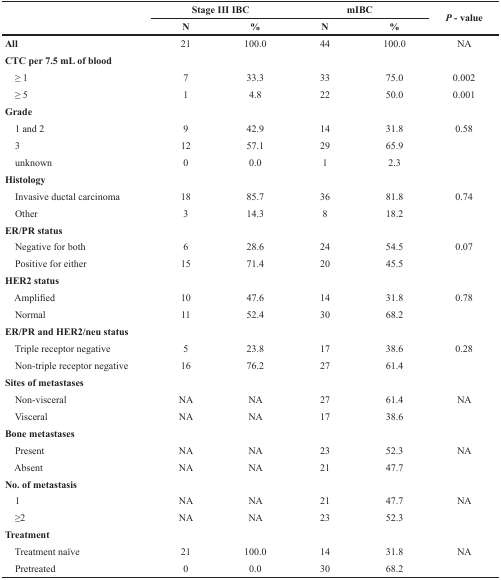
<table><thead><tr><td></td><td colspan="2"><b>Stage III IBC</b></td><td colspan="2"><b>mIBC</b></td><td rowspan="2"><b><i>P</i>- value</b></td></tr><tr><td></td><td><b>N</b></td><td><b>%</b></td><td><b>N</b></td><td><b>%</b></td></tr></thead><tbody><tr><td><b>All</b></td><td>21</td><td>100.0</td><td>44</td><td>100.0</td><td>NA</td></tr><tr><td><b>CTC per 7.5 mL of blood</b></td><td></td><td></td><td></td><td></td><td></td></tr><tr><td> ≥ 1</td><td>7</td><td>33.3</td><td>33</td><td>75.0</td><td>0.002</td></tr><tr><td> ≥ 5</td><td>1</td><td>4.8</td><td>22</td><td>50.0</td><td>0.001</td></tr><tr><td><b>Grade</b></td><td></td><td></td><td></td><td></td><td></td></tr><tr><td> 1 and 2</td><td>9</td><td>42.9</td><td>14</td><td>31.8</td><td>0.58</td></tr><tr><td> 3</td><td>12</td><td>57.1</td><td>29</td><td>65.9</td><td></td></tr><tr><td> unknown</td><td>0</td><td>0.0</td><td>1</td><td>2.3</td><td></td></tr><tr><td><b>Histology</b></td><td></td><td></td><td></td><td></td><td></td></tr><tr><td> Invasive ductal carcinoma</td><td>18</td><td>85.7</td><td>36</td><td>81.8</td><td>0.74</td></tr><tr><td> Other</td><td>3</td><td>14.3</td><td>8</td><td>18.2</td><td></td></tr><tr><td><b>ER/PR status</b></td><td></td><td></td><td></td><td></td><td></td></tr><tr><td> Negative for both</td><td>6</td><td>28.6</td><td>24</td><td>54.5</td><td>0.07</td></tr><tr><td> Positive for either</td><td>15</td><td>71.4</td><td>20</td><td>45.5</td><td></td></tr><tr><td><b>HER2 status</b></td><td></td><td></td><td></td><td></td><td></td></tr><tr><td> Amplified</td><td>10</td><td>47.6</td><td>14</td><td>31.8</td><td>0.78</td></tr><tr><td> Normal</td><td>11</td><td>52.4</td><td>30</td><td>68.2</td><td></td></tr><tr><td><b>ER/PR and HER2/neu status</b></td><td></td><td></td><td></td><td></td><td></td></tr><tr><td> Triple receptor negative</td><td>5</td><td>23.8</td><td>17</td><td>38.6</td><td>0.28</td></tr><tr><td> Non-triple receptor negative</td><td>16</td><td>76.2</td><td>27</td><td>61.4</td><td></td></tr><tr><td><b>Sites of metastases</b></td><td></td><td></td><td></td><td></td><td></td></tr><tr><td> Non-visceral</td><td>NA</td><td>NA</td><td>27</td><td>61.4</td><td>NA</td></tr><tr><td> Visceral</td><td>NA</td><td>NA</td><td>17</td><td>38.6</td><td></td></tr><tr><td><b>Bone metastases</b></td><td></td><td></td><td></td><td></td><td></td></tr><tr><td> Present</td><td>NA</td><td>NA</td><td>23</td><td>52.3</td><td>NA</td></tr><tr><td> Absent</td><td>NA</td><td>NA</td><td>21</td><td>47.7</td><td></td></tr><tr><td><b>No. of metastasis</b></td><td></td><td></td><td></td><td></td><td></td></tr><tr><td> 1</td><td>NA</td><td>NA</td><td>21</td><td>47.7</td><td>NA</td></tr><tr><td> ≥2</td><td>NA</td><td>NA</td><td>23</td><td>52.3</td><td></td></tr><tr><td><b>Treatment</b></td><td></td><td></td><td></td><td></td><td></td></tr><tr><td> Treatment naïve</td><td>21</td><td>100.0</td><td>14</td><td>31.8</td><td>NA</td></tr><tr><td> Pretreated</td><td>0</td><td>0.0</td><td>30</td><td>68.2</td><td></td></tr></tbody></table>